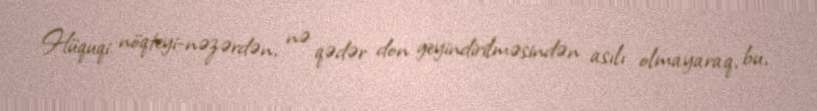
Hüquqi nöqteyi-nəzərdən, nə qədər don geyindirilməsindən asılı olmayaraq, bu,